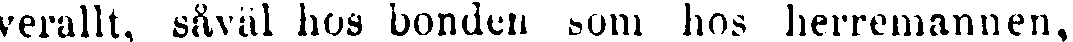
verallt, såväl kos bonden som hos herremannen,